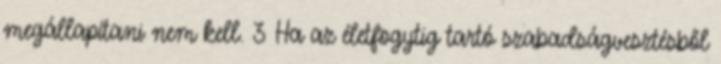
megállapítani nem kell. 3 Ha az életfogytig tartó szabadságvesztésből